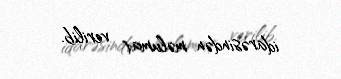
idarəsindən məlumat verilib.